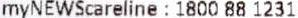
MYNEWSCARELINE : 1800 88 1231